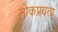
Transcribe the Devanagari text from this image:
लोकप्रयता